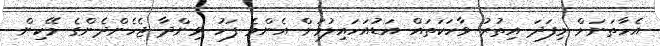
އެހާތަނަށް މިފަދަ އިތުރު ވާހަކަތައް އަޑުއަހައިލުމަށް އެންމެ ފަހު ވިންދާ ޖެހެންދެންގެ މޭކިން